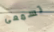
تسمعى